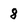
Character: 8